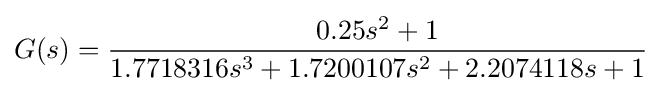
{\begin{aligned}&G(s)={\frac {0.25s^{2}+1}{1.7718316s^{3}+1.7200107s^{2}+2.2074118s+1}}\\\end{aligned}}